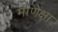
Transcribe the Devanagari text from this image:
माणेक्षा